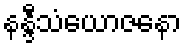
နန္ဒီသံယောဇနော